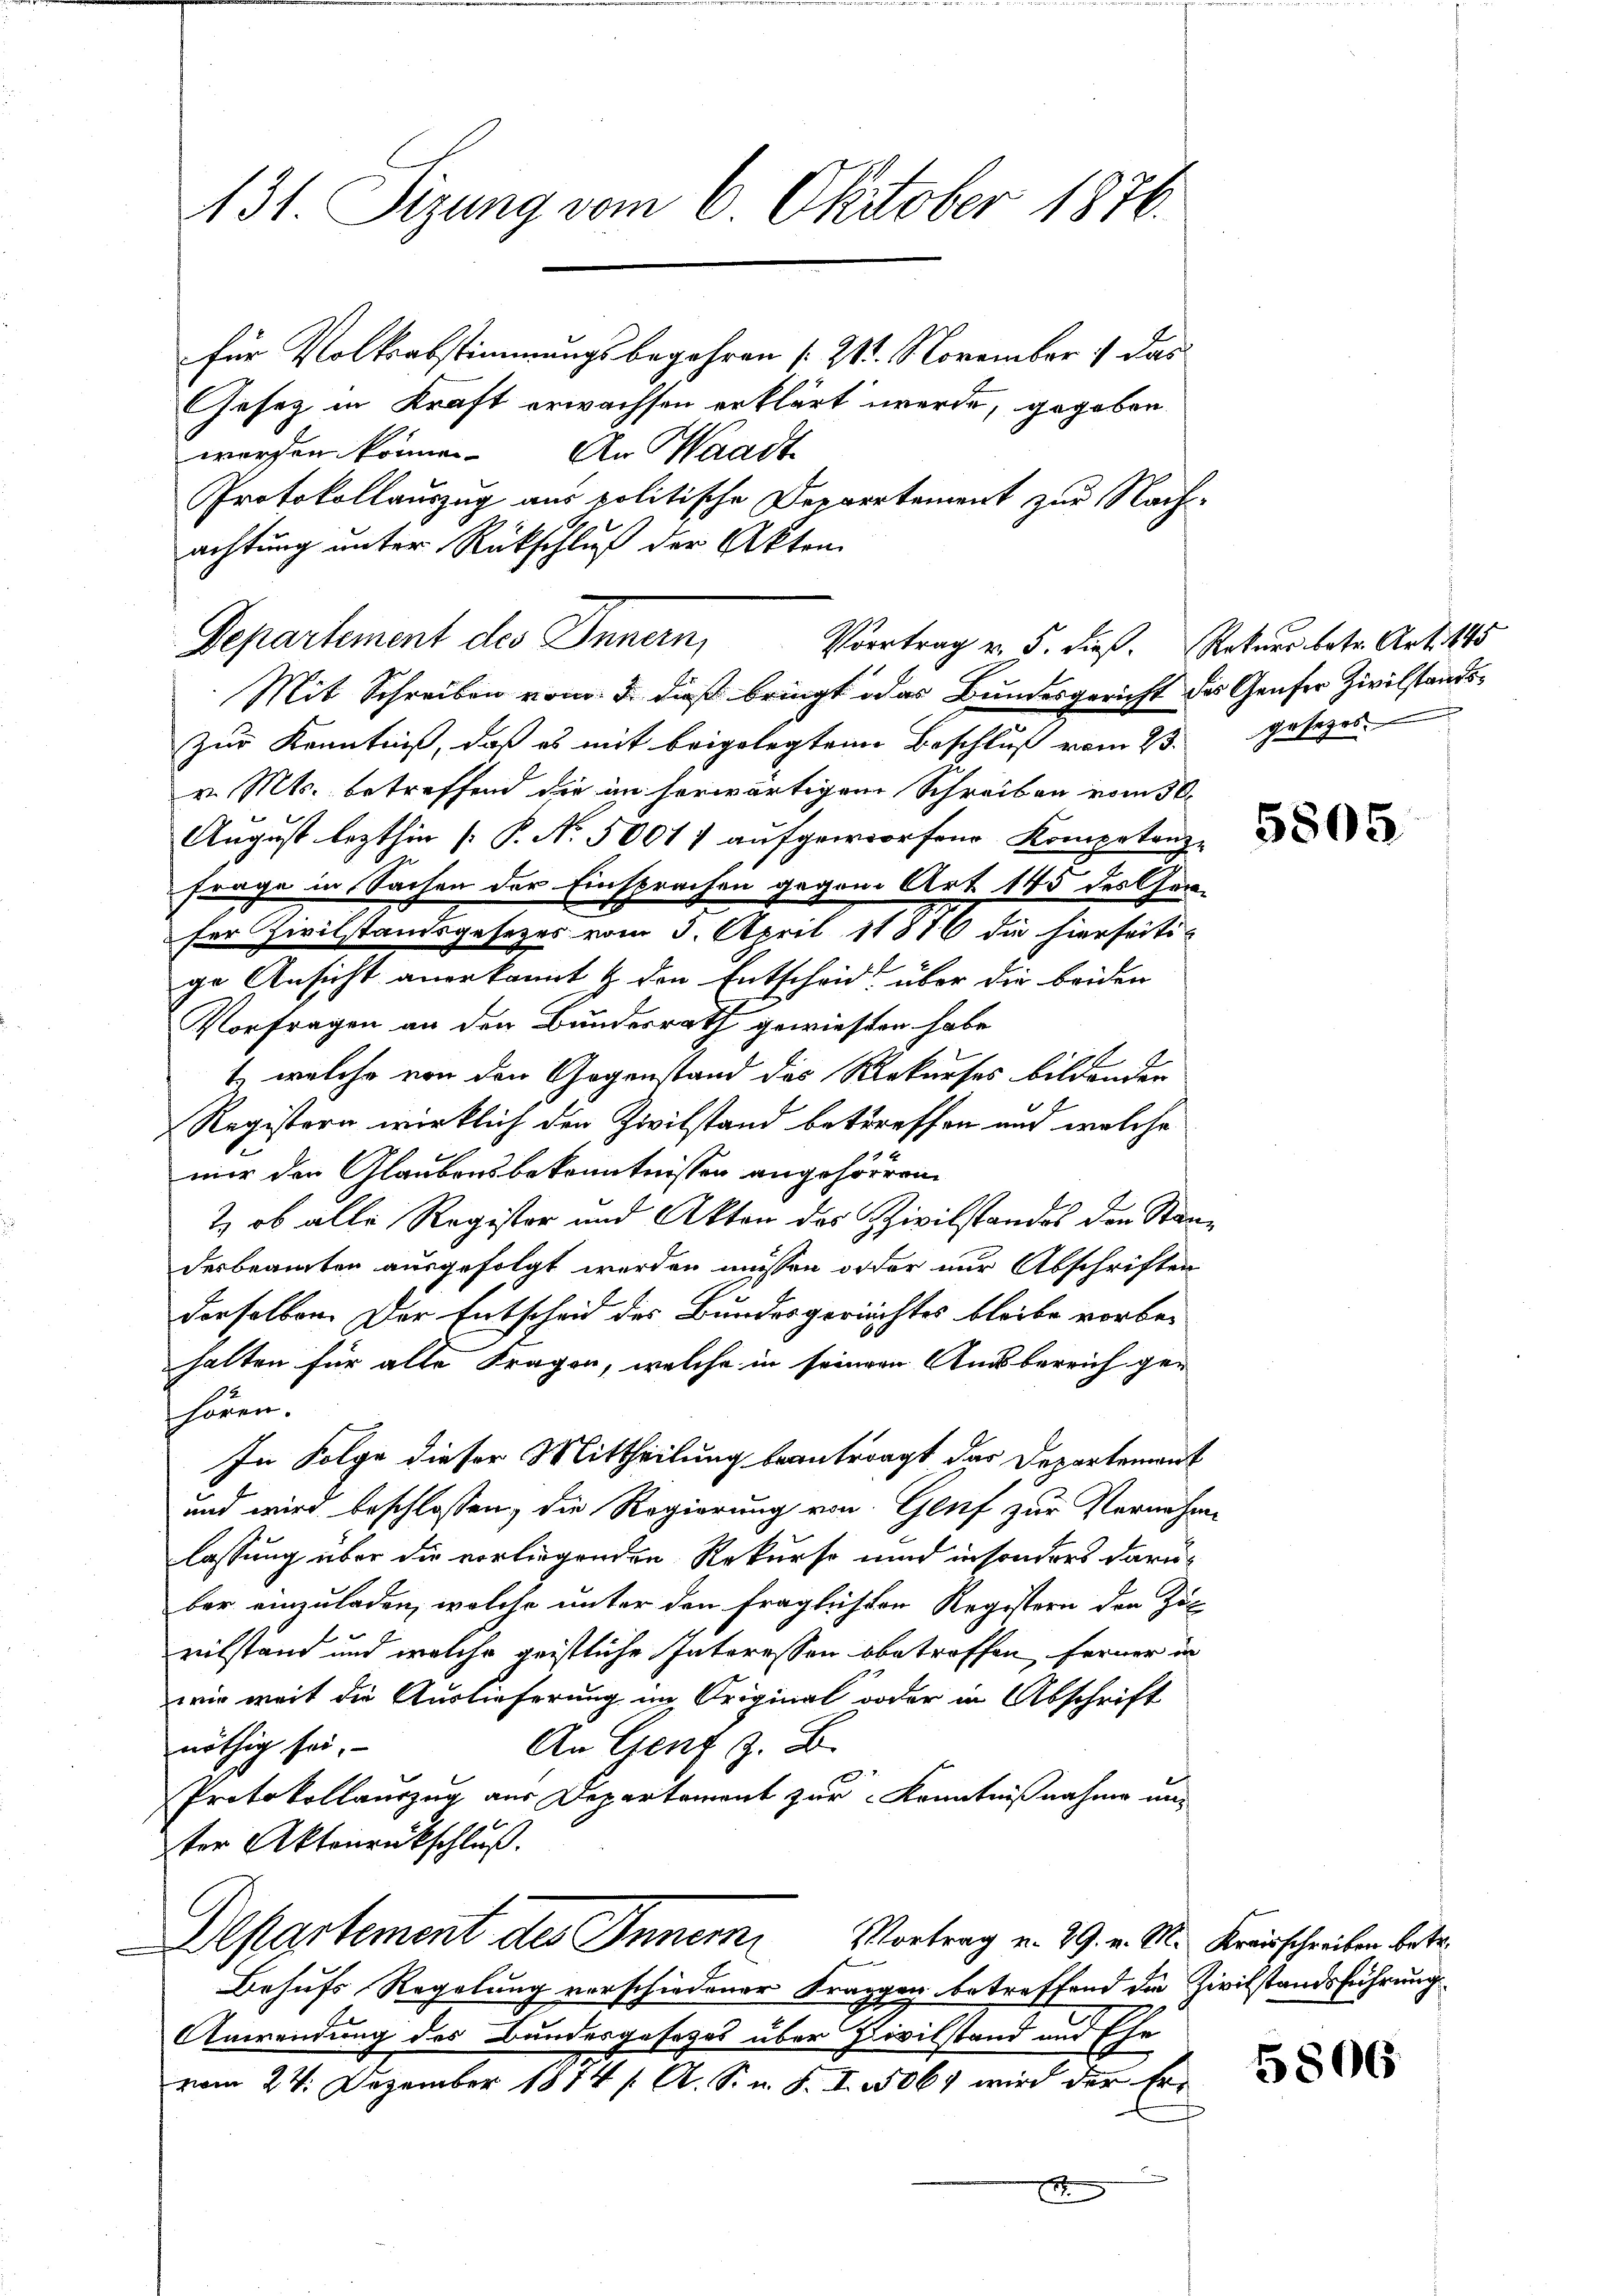
131. Sizung vom 6. Oktober 1876.

für Volksabstimmungsbegehren /: 21. November 1 das
Gesetz in Kraft erwachsen erklärt werde, gegeben
worfen können. An Waadt
Protokollauszug aus politische Dervertement zur Nach-
achtung unter Rückschluß der Akten.
Departement des Innern,
Mit Schreiben vom 5. dieß bringt oder Bundesgericht des Genfer Zivilstandszur Kenntniß, daß es mit beigelegten Beschluß vom 23. gesezes
v. Mts. betreffend die im herwärtigem Schreiben vom 30.
August lezthin [P. Nr. 50011 aufgeworfene Kompetenz-
frage in Sachen der Einsprachen gegen Art. 145 des Gerser Zivilstandsgesetzes vom 3. April 18816 die hierseiti-
ge Ansicht anerkannt & den Entscheid über die beiden
Vorfragen an den Bundesrath gewiesten habe
1, welche von den Gegenstand das Rekurses bildenden
Registern wirklich den Zivilstand betreffen und welche
nur den Glaubensbekenntnissen angehören
2) ob alle Register und Akten des Szivilstandes den Standesbeamten ausgefolgt werden müssen oder nur Abschriften
derselben. Der Entscheid des Bundesgerichtes bleibe vorbehalten für alte Fragen, welche in seiner Ausbereich gehören.
In Folge dieser Mittheilung beantragt das Departement
und wird beschlossen, die Regierung von Genf zur Vernahme
lassung über die vorliegenden Rekurso und insonders daru
ber einzuladen, welche unter den fraglichten Registern der Zul
vilstand und welche geistliche Interessen obetroffen, ferner in
wir weit die Auslieferung im Original oder in Abschrift
nöthig sei.
An Genf z. B.
Protokollauszug aus Departement zur Kenntnißnahme und
ter Aktenrückschluß.
Departement des Inner, Vortrag v. 29. v. M. Kreisschreiben betr.
Behufs Regelung verschiedener Fraggag betreffend die Zivilstandsführung
Anwendung des Bundesgesezes über Zivilstand und Ehe
vom 24. Dezember 1814 /: A. S. n. F. I 5069 wird der Er¬

Vortrag v. 5. dieß. Rekurs betr. Art. 145

5805

5806